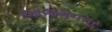
આજમનગર